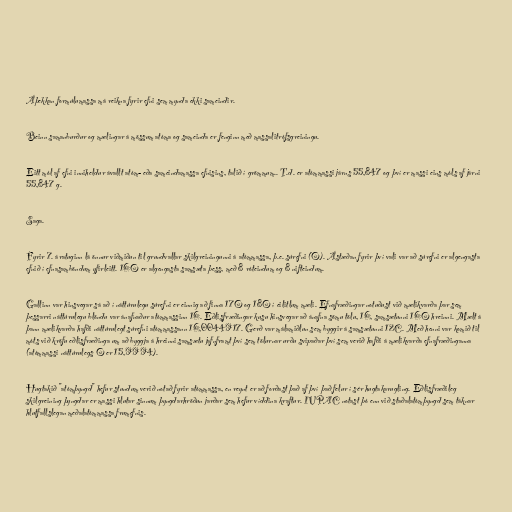
Áþekkan formúlumassa má reikna fyrir efni sem mynda ekki sameindir.

Beinn samanburður og mælingar á mössum atóma og sameinda er fenginn með massalitrófsgreiningu.

Eitt mól af efni inniheldur ávallt atóm- eða sameindamassa efnisins, talið í grömmum.. T.d. er atómmassi járns 55,847 og því er massi eins móls af járni
55,847 g.

Saga.

Fyrir 7. áratuginn lá önnur viðmiðun til grundvallar skilgreiningunni á atómmassa, þ.e. súrefni (O). Ástæðan fyrir því vali var að súrefni er algengasta
efnið í efnasamböndum yfirleitt. 16O er algengasta samsæta þess, með 8 róteindum og 8 nifteindum.

Gallinn var hinsvegar sá að í náttúrulegu súrefni er einnig að finna 17O og 18O í eilitlum mæli. Efnafræðingar notuðust við mælikvarða þar sem
þessarri náttúrulegu blöndu var ánafnaður atómmassinn 16. Eðlisfræðingar kusu hinsvegar að ánafna sömu tölu, 16, samsætunni 16O hreinni. Mælt á
þann mælikvarða hafði náttúrulegt súrefni atómmassann 16,0044917. Gerð var málamiðlun sem byggir á samsætunni 12C. Með henni var komið til
móts við kröfu eðlisfræðinga um að byggja á hreinni samsætu jafnframt því sem tölurnar urðu svipaðar því sem verið hafði á mælikvarða efnafræðinganna
(atómmassi náttúrulegs O er 15,9994).

Hugtakið "atómþyngd" hefur stundum verið notað fyrir atómmassa, en reynt er að forðast það af því það felur í sér hugtakarugling. Eðlisfræðileg
skilgreining þyngdar er massi hlutar sinnum þyngdarhröðun jarðar sem hefur víddina kraftur. IUPAC notast þó enn við staðalatómþyngd sem táknar
hlutfallslegan meðalatómmassa frumefnis.